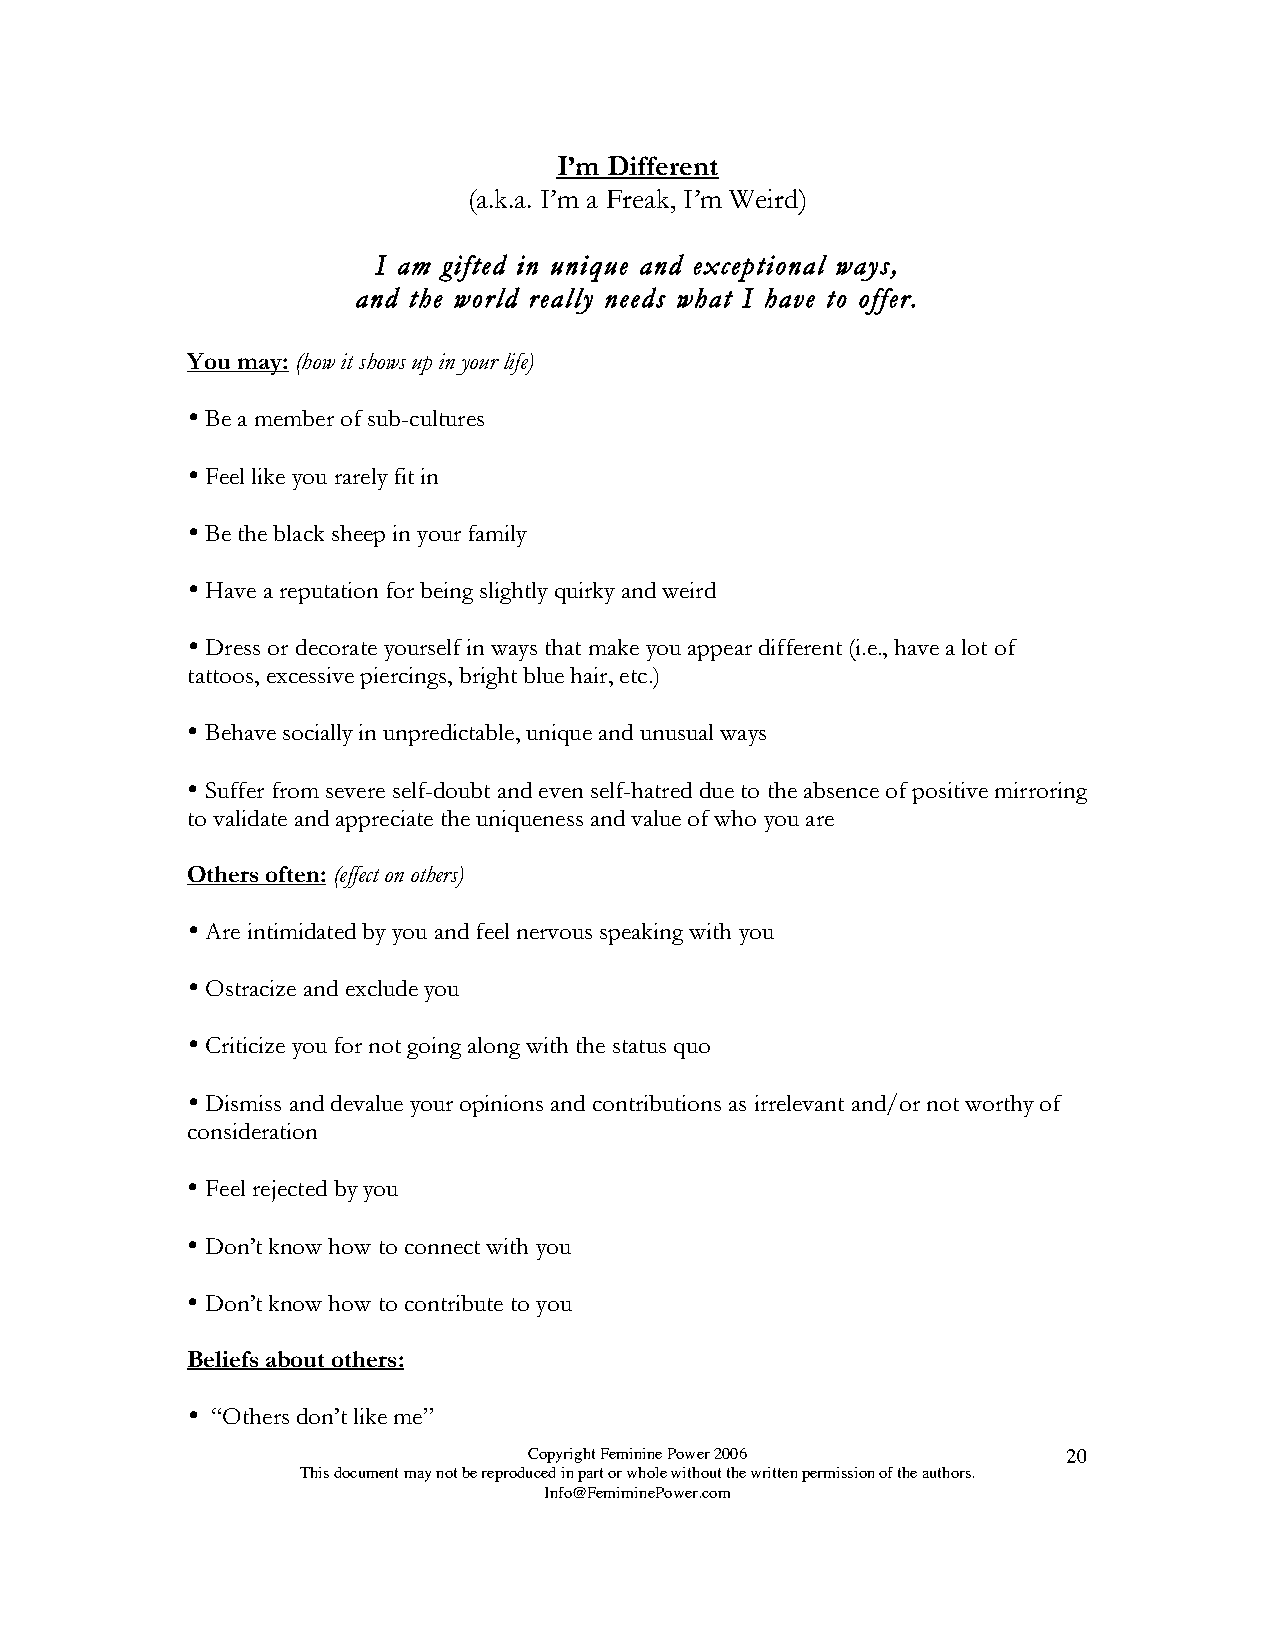
I’m Different
 (a.k.a. I’m a Freak, I’m Weird)
 I am gifted in unique and exceptional ways,
 and the world really needs what I have to offer.
 You may: (how it shows up in your life)
 
 Be a member of sub-cultures
 
 Feel like you rarely fit in
 
 Be the black sheep in your family
 
 Have a reputation for being slightly quirky and weird
 
 Dress or decorate yourself in ways that make you appear different (i.e., have a lot of
 tattoos, excessive piercings, bright blue hair, etc.)
 
 Behave socially in unpredictable, unique and unusual ways
 
 Suffer from severe self-doubt and even self-hatred due to the absence of positive mirroring
 to validate and appreciate the uniqueness and value of who you are
 Others often: (effect on others)
 
 Are intimidated by you and feel nervous speaking with you
 
 Ostracize and exclude you
 
 Criticize you for not going along with the status quo
 
 Dismiss and devalue your opinions and contributions as irrelevant and/or not worthy of
 consideration
 
 Feel rejected by you
 
 Don’t know how to connect with you
 
 Don’t know how to contribute to you
 Beliefs about others:
 
 “Others don’t like me”
 Copyright Feminine Power 2006       20
 This document may not be reproduced in part or whole without the written permission of the authors.
 Info@FemiminePower.com